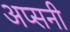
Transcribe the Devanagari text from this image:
अप्सनी